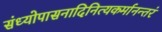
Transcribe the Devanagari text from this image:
संध्योपासनादिनित्यकर्मानन्तरं